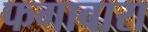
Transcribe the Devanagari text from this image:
फगावारा